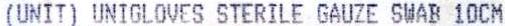
(UNIT) UNIGLOVES STERILE GAUZE SWAB 10CM